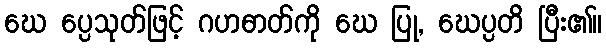
ဃေ ပ္ပေသုတ်ဖြင့် ဂဟဓာတ်ကို ဃေ ပြု, ဃေပ္ပတိ ပြီး၏။